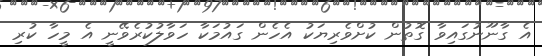
އެ ގާނޫނުގައިވާ ގޮތުން ކުށްވެރިޔަކު އެހެން ގައުމަކާ ހަވާލުކުރެވޭނީ އެ މީހާ ކުރި